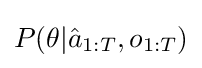
P(\theta |{\hat {a}}_{1:T},o_{1:T})